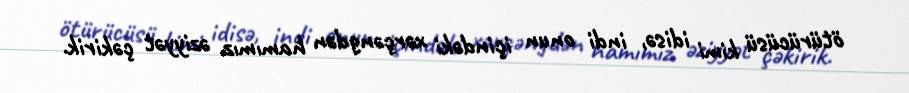
ötürücüsü kimi idisə, indi onun içindəki xərçəngdən hamımız əziyyət çəkirik.